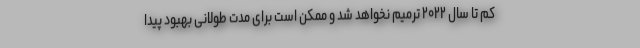
کم تا سال ۲۰۲۲ ترمیم نخواهد شد و ممکن است برای مدت طولانی بهبود پیدا